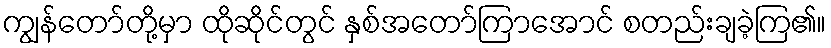
ကျွန်တော်တို့မှာ ထိုဆိုင်တွင် နှစ်အတော်ကြာအောင် စတည်းချခဲ့ကြ၏။